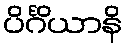
ပိင်္ဂိယာနိ